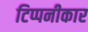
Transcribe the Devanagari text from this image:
टिप्पनीकार